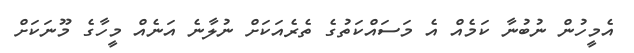
އެމީހުން ނުބުނާ ކަމެއް އެ މަސައްކަތުގެ ތެރެއަކަށް ނުލާނެ އަނެއް މީހާގެ މޫނަކަށް